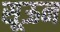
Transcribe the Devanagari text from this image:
सूऊन